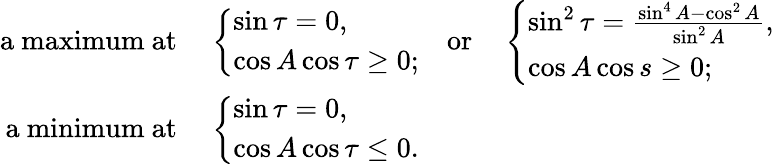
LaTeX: \begin{array}{rl}{\mathrm{a~maximum~at~}}&{\left\{ \begin{array}{ll}{\sin\tau=0,}\\ {\cos A\cos\tau\geq 0;}\end{array}\right.\quad\mathrm{or}\quad\left\{ \begin{array}{ll}{\sin^{2}\tau=\frac{\sin^{4}A-\cos^{2}A}{\sin^{2}A},}\\ {\cos A\cos s\geq 0;}\end{array}\right.}\\ {\mathrm{a~minimum~at~}}&{\left\{ \begin{array}{ll}{\sin\tau=0,}\\ {\cos A\cos\tau\leq 0.}\end{array}\right.}\end{array}